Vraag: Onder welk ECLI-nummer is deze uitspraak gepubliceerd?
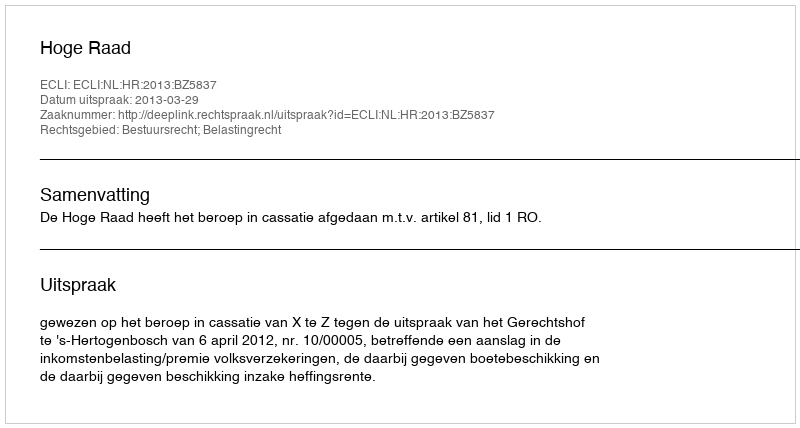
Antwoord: ECLI:NL:HR:2013:BZ5837